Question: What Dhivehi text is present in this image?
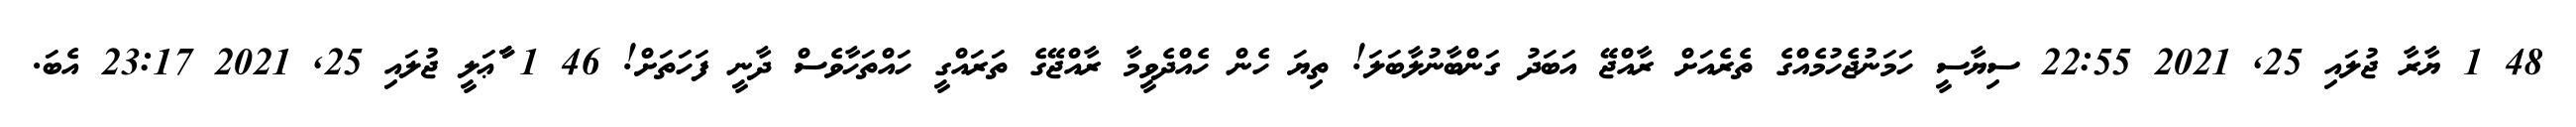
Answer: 48 1 ޔާރާ ޖުލައި 25, 2021 22:55 ސިޔާސީ ހަމަނުޖެހުމެއްގެ ތެރެއަށް ރާއްޖޭ އަބަދު ގަންބާނުލާބަލަ! ތިޔަ ހެން ހެއްދެވީމާ ރާއްޖޭގެ ތަރައްގީ ހައްތަހާވެސް ދާނީ ފަހަތަށް! 46 1 ާާާޢަލީ ޖުލައި 25, 2021 23:17 އެބަ.